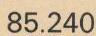
85.240